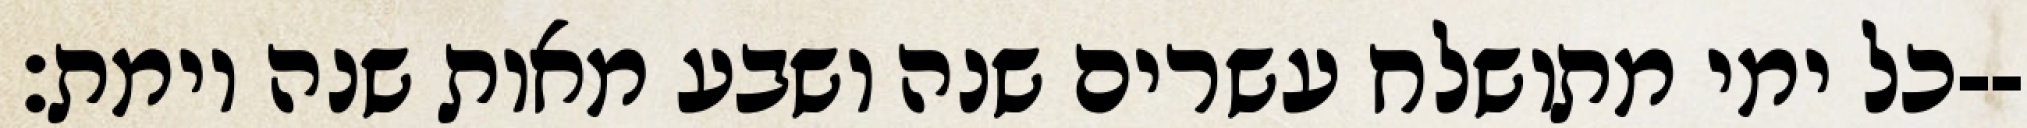
כל ימי מתושלח עשרים שנה ושבע מאות שנה וימת׃--